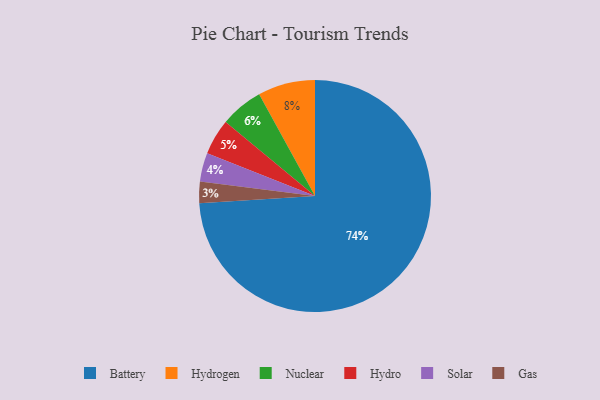
{"axis": {"x": "Category", "y": "Percentage"}, "legend": ["Battery", "Gas", "Hydro", "Hydrogen", "Nuclear", "Solar"], "data": [{"x": "Hydrogen", "y": 8, "type": "Hydrogen"}, {"x": "Solar", "y": 4, "type": "Solar"}, {"x": "Battery", "y": 74, "type": "Battery"}, {"x": "Hydro", "y": 5, "type": "Hydro"}, {"x": "Gas", "y": 3, "type": "Gas"}, {"x": "Nuclear", "y": 6, "type": "Nuclear"}]}